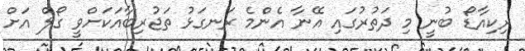
ރިކިއާޑޯ ބުނީ މި ދަތުރުގައި އޭނާ އެންމެ ރަނގަޅު ތަޖުރިބާއަކަށްވީ ގޯލް އަށް